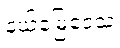
နယ်မြေဒေသ